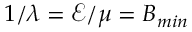
1 / \lambda = \mathcal { E } / \mu = B _ { m i n }